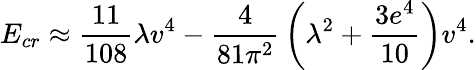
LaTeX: E_{cr}\approx{\frac{11}{108}}\lambda v^{4}-{\frac{4}{81\pi^{2}}}\left(\lambda^{2}+{\frac{3e^{4}}{10}}\right)v^{4}.